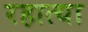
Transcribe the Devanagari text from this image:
रहात्या